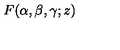
\: F ( \alpha , \beta , \gamma ; z ) \: